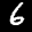
Label: 6